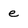
Character: e